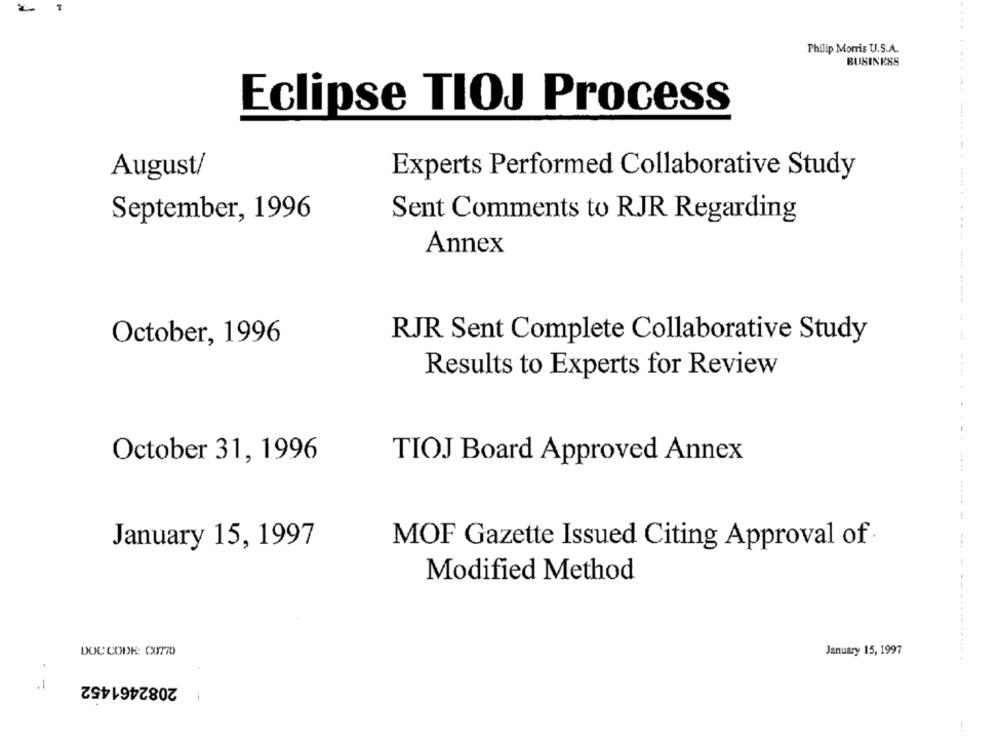
T
Philip Morris U.S.A.
BUSINESS
Eclipse TIOJ Process
August/
Experts Performed Collaborative Study
September, 1996
Sent Comments to RJR Regarding
Annex
October, 1996
RJR Sent Complete Collaborative Study
Results to Experts for Review
October 31, 1996
TIOJ Board Approved Annex
January 15, 1997
MOF Gazette Issued Citing Approval of
Modified Method
---
DOC CODE: CU770
January 15, 1997
2082461452
.1